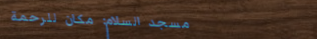
مسجد السلام: مكان للرحمة